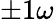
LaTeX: \pm 1\omega